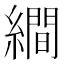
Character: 𦅘